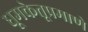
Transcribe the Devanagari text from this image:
धूमकेतूप्रमाणे